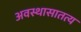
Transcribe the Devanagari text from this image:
अवस्थासातत्य